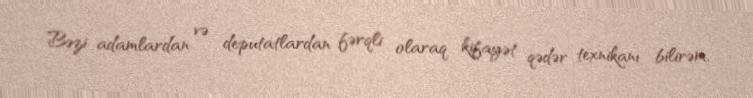
Bəzi adamlardan və deputatlardan fərqli olaraq kifayət qədər texnikanı bilirəm,